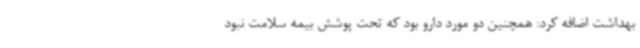
بهداشت اضافه کرد: همچنین دو مورد دارو بود که تحت پوشش بیمه سلامت نبود